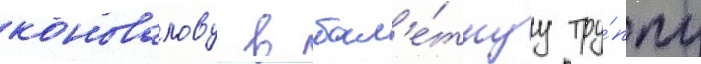
коновалову в бал'е́тнуу тру́ппу